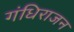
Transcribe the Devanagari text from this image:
गंधिराजन